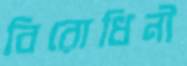
বিরোধিনী